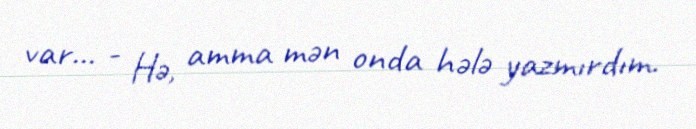
var... - Hə, amma mən onda hələ yazmırdım.